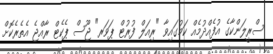
ސްރީލަންކާގެ އުފެއްދުމެއް ކަމުގައިވާ "ރިއަލް ފުރުޓް ޕަވަރ" ޖޫސް ޕެކެޓް ރާއްޖެ އެތެރެކޮށް